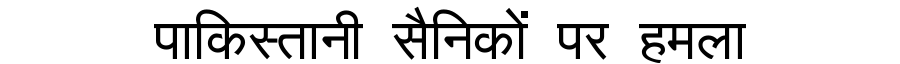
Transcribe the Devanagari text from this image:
पाकिस्तानी सैनिकों पर हमला